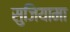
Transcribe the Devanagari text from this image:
सुजियामा